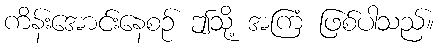
ကိန်းအောင်းနေစဉ် ဤသို့ အကြံ ဖြစ်ပါသည်။